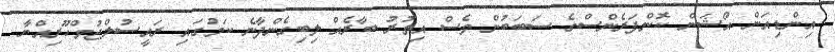
އިންޑިއަން އޯޝަން ކޮންފަރެންސްގެ ސަބަބުން ވެސް އިތުރު ބާރެއް ލިބިގެންދާނެ ކަމުގައި ރައީސުލްޖުމްހޫރިއްޔާ